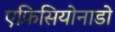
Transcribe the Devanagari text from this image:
एफ़िसियोनाडो